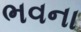
ભવના